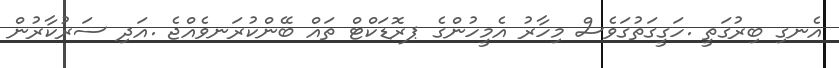
އެނގި ބިރުގަތީ .ހަގީގަތުގަވެސް މިހާރު އެމީހުންގެ ޕރޮޑަކްޓް ތައް ބޭންކުރަނވެއްޖެ .އަދި ސަރުކާރުން